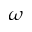
\omega